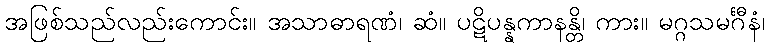
အဖြစ်သည်လည်းကောင်း။ အသာဓာရဏံ၊ ဆံ။ ပဋိပန္နကာနန္တိ၊ ကား။ မဂ္ဂသမင်္ဂီနံ၊